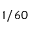
1 / 6 0